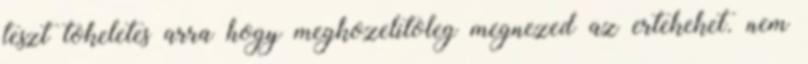
teszt tokeletes arra hogy megkozelitoleg megnezed az ertekeket. nem